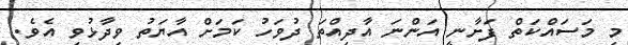
މި މަސައްކަތް ފަށާނީ އަންނަ އާދިއްތަ ދުވަހު ކަމަށް އާޔަތު ވިދާޅުވި އެވެ.